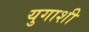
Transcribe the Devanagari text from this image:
युगाशी